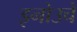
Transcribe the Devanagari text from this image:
इनोउचे